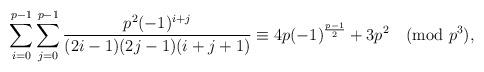
LaTeX: \begin{align*}\sum_{i=0}^{p-1}\sum_{j=0}^{p-1}\frac{p^2(-1)^{i+j}}{(2i-1)(2j-1)(i+j+1)}&\equiv 4p(-1)^{\frac{p-1}{2}} +3p^2 \pmod{p^3} , \end{align*}